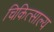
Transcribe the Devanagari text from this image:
चिकित्साल्य